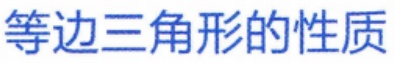
等边三角形的性质